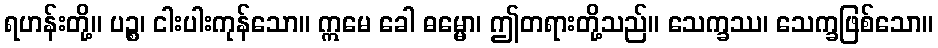
ရဟန်းတို့။ ပဉ္စ၊ ငါးပါးကုန်သော။ ဣမေ ခေါ ဓမ္မော၊ ဤတရားတို့သည်။ သေက္ခဿ၊ သေက္ခဖြစ်သော။